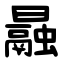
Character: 曧